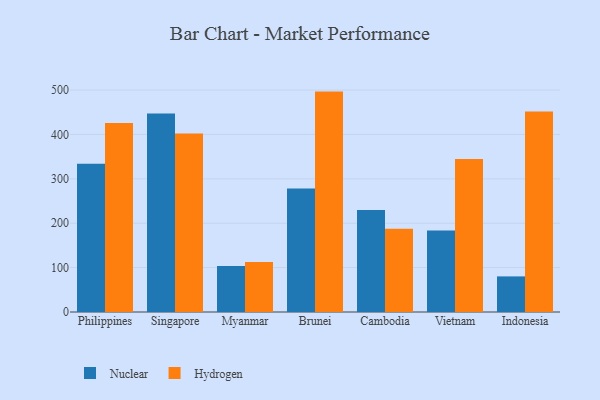
{"axis": {"x": "Country", "y": "Humidity (%)"}, "legend": ["Hydrogen", "Nuclear"], "data": [{"x": "Philippines", "y": 334.2, "type": "Nuclear"}, {"x": "Philippines", "y": 425.8, "type": "Hydrogen"}, {"x": "Singapore", "y": 447.2, "type": "Nuclear"}, {"x": "Singapore", "y": 402.2, "type": "Hydrogen"}, {"x": "Myanmar", "y": 103.4, "type": "Nuclear"}, {"x": "Myanmar", "y": 112.5, "type": "Hydrogen"}, {"x": "Brunei", "y": 278.1, "type": "Nuclear"}, {"x": "Brunei", "y": 496.5, "type": "Hydrogen"}, {"x": "Cambodia", "y": 229.9, "type": "Nuclear"}, {"x": "Cambodia", "y": 187.6, "type": "Hydrogen"}, {"x": "Vietnam", "y": 183.8, "type": "Nuclear"}, {"x": "Vietnam", "y": 344.4, "type": "Hydrogen"}, {"x": "Indonesia", "y": 80.2, "type": "Nuclear"}, {"x": "Indonesia", "y": 451.7, "type": "Hydrogen"}]}